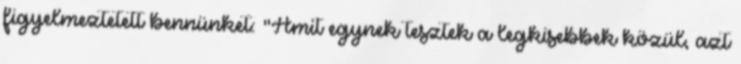
figyelmeztetett bennünket: "Amit egynek tesztek a legkisebbek közül, azt